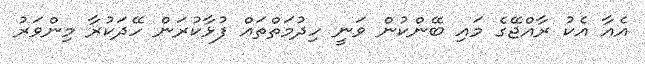
އެއާ އެކު ރާއްޖޭގެ މައި ބޭންކުން ވަނީ ހިދުމަތްތައް ފުޅާކުރަން ހޭދަކުރާ މިންވަރު